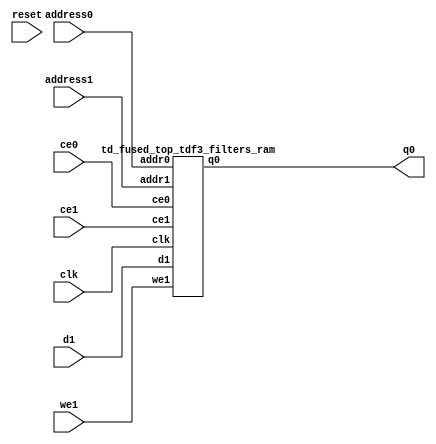
`define EXPONENT 5
`define MANTISSA 10
`define ACTUAL_MANTISSA 11
`define EXPONENT_LSB 10
`define EXPONENT_MSB 14
`define MANTISSA_LSB 0
`define MANTISSA_MSB 9
`define MANTISSA_MUL_SPLIT_LSB 3
`define MANTISSA_MUL_SPLIT_MSB 9
`define SIGN 1
`define SIGN_LOC 15
`define DWIDTH (`SIGN+`EXPONENT+`MANTISSA)
`define IEEE_COMPLIANCE 1

module td_fused_top_tdf3_filters(
    reset,
    clk,
    address0,
    ce0,
    q0,
    address1,
    ce1,
    we1,
    d1);

parameter DataWidth = 32'd16;
parameter AddressRange = 32'd512;
parameter AddressWidth = 32'd9;
input reset;
input clk;
input[AddressWidth - 1:0] address0;
input ce0;
output[DataWidth - 1:0] q0;
input[AddressWidth - 1:0] address1;
input ce1;
input we1;
input[DataWidth - 1:0] d1;



td_fused_top_tdf3_filters_ram td_fused_top_tdf3_filters_ram_U(
    .clk( clk ),
    .addr0( address0 ),
    .ce0( ce0 ),
    .q0( q0 ),
    .addr1( address1 ),
    .ce1( ce1 ),
    .we1( we1 ),
    .d1( d1 )
);

endmodule
module td_fused_top_tdf3_filters_ram (addr0, ce0, q0, addr1, ce1, d1, we1,  clk);

parameter DWIDTH = 16;
parameter AWIDTH = 9;
parameter MEM_SIZE = 512;

input[AWIDTH-1:0] addr0;
input ce0;
output reg[DWIDTH-1:0] q0;
input[AWIDTH-1:0] addr1;
input ce1;
input[DWIDTH-1:0] d1;
input we1;
input clk;

 reg [DWIDTH-1:0] ram[MEM_SIZE-1:0];




always @(posedge clk)  
begin 
    if (ce0) begin
        q0 <= ram[addr0];
    end
end


always @(posedge clk)  
begin 
    if (ce1) begin
        if (we1) 
            ram[addr1] <= d1; 
    end
end


endmodule